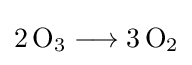
{2\,\mathrm {O} {\vphantom {A}}_{\smash[{t}]{3}}{}\mathrel {\longrightarrow } {}3\,\mathrm {O} {\vphantom {A}}_{\smash[{t}]{2}}}